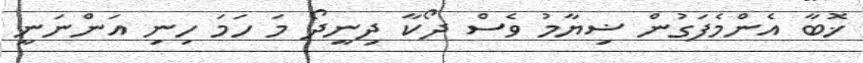
ޚޮބާ އެންމެފަގުން ޟިޔާމު ވެސް ދޯކާ ދިނީދޯ މަ ހަމަ ހިނި އަންނަނީ